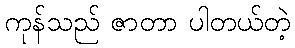
ကုန်သည် ဇာတာ ပါတယ်တဲ့